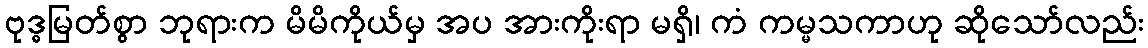
ဗုဒ္ဓမြတ်စွာ ဘုရားက မိမိကိုယ်မှ အပ အားကိုးရာ မရှိ၊ ကံ ကမ္မသကာဟု ဆိုသော်လည်း